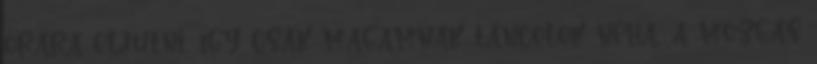
órára eljutni, így csak magamnak táncolok néha, a mozgás